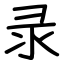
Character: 录